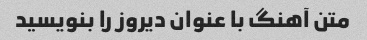
متن آهنگ با عنوان دیروز را بنویسید